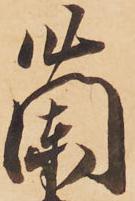
蘭